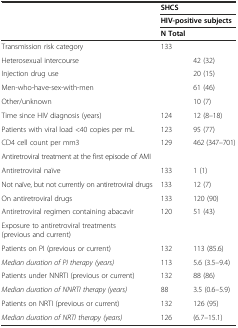
|  | <COLSPAN=2> SHCS |
 |  | <COLSPAN=2> HIV-positive subjects |
 |  | N Total |  |
 | --- | --- | --- |
 | Transmission risk category | 133 |  |
 | Heterosexual intercourse |  | 42 (32) |
 | Injection drug use |  | 20 (15) |
 | Men-who-have-sex-with-men |  | 61 (46) |
 | Other/unknown |  | 10 (7) |
 | Time since HIV diagnosis (years) | 124 | 12 (8–18) |
 | Patients with viral load <40 copies per mL | 123 | 95 (77) |
 | CD4 cell count per mm3 | 129 | 462 (347–701) |
 | Antiretroviral treatment at the first episode of AMI |  |  |
 | Antiretroviral naïve | 133 | 1 (1) |
 | Not naïve, but not currently on antiretroviral drugs | 133 | 12 (7) |
 | On antiretroviral drugs | 133 | 120 (90) |
 | Antiretroviral regimen containing abacavir | 120 | 51 (43) |
 | Exposure to antiretroviral treatments (previous and current) |  |  |
 | Patients on PI (previous or current) | 132 | 113 (85.6) |
 | Median duration of PI therapy (years) | 113 | 5.6 (3.5–9.4) |
 | Patients under NNRTI (previous or current) | 132 | 88 (86) |
 | Median duration of NNRTI therapy (years) | 88 | 3.5 (0.6–5.9) |
 | Patients on NRTI (previous or current) | 132 | 126 (95) |
 | Median duration of NRTI therapy (years) | 126 | (6.7–15.1) |